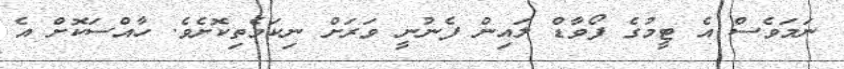
ނަމަވެސް އެ ޓީމުގެ ފޯވާޑް ލައިން ފެނުނީ ވަރަށް ނިކަމެތިކޮށެވެ. ހާއްސަކޮށް އެ